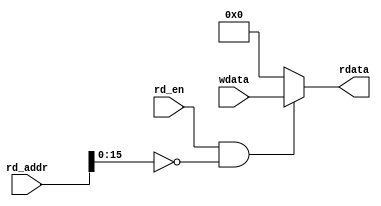
module gpcfg_rd (
  //input                hclk,
  //input                hresetn,
  //input                wr_en,
  input                rd_en,
  //input       [3:0]    byte_en,
  //input       [31:0]   wr_addr,
  input       [31:0]   rd_addr,
  input       [31:0]   wdata,
  //output reg  [31:0]   wr_reg,
  output      [31:0]   rdata
);

  parameter CFG_ADDR      = 16'h0;

  //reg [31:0]  wr_reg;

  //always @ (posedge hclk or negedge hresetn) begin
  //  if (hresetn == 1'b0) begin
  //    wr_reg  <= RESET_VAL;
  //  end
  //  else begin
  //    if (wr_en == 1'b1) begin
  //      wr_reg <= wdata;
  //    end
  //  end
  //end

  //assign rdata = (rd_en & (rd_addr == CFG_ADDR)) ? wr_reg : 32'b0;
  assign rdata = (rd_en & (rd_addr[15:0] == CFG_ADDR)) ? wdata : 32'b0;

endmodule